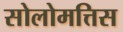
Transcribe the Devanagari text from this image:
सोलोमत्तिस